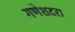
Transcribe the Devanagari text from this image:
गणेशदरा